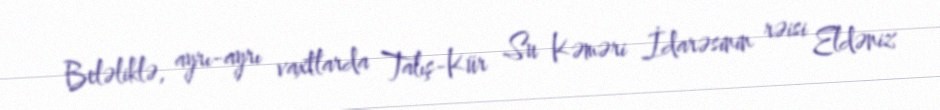
Beləliklə, ayrı-ayrı vaxtlarda Talış-Kür Su Kəməri İdarəsinin rəisi Eldəniz